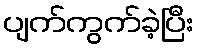
ပျက်ကွက်ခဲ့ပြီး